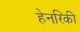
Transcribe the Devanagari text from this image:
हेनरिकी